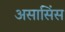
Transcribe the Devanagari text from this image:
असासिंस